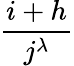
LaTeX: \frac{i+h}{j^{\lambda}}